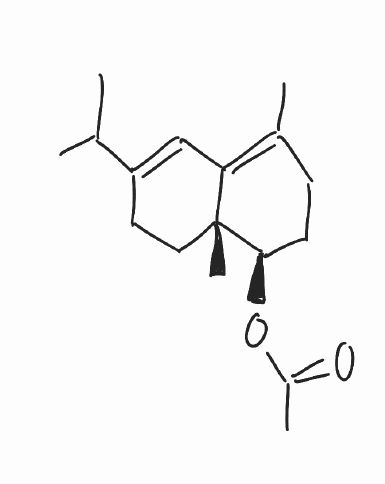
Simplified molecular-input line-entry system (SMILES) notation of the given molecule:
CC1=C2C=C(CC[C@]2([C@@H](CC1)OC(=O)C)C)C(C)C